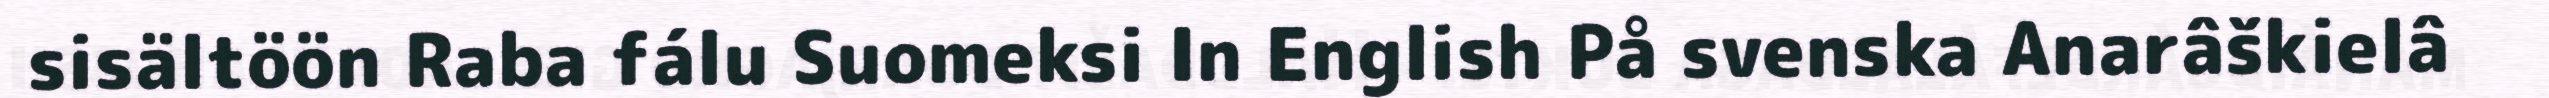
sisältöön Raba fálu Suomeksi In English På svenska Anarâškielâ